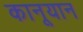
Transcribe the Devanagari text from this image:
कानूयान